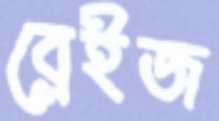
ব্লেইজ